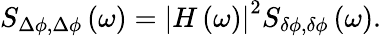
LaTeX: S_{\Delta\phi,\Delta\phi}\left(\omega\right)=\left|H\left(\omega\right)\right|^{2}S_{\delta\phi,\delta\phi}\left(\omega\right).